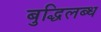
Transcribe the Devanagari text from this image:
बुद्धिलब्ध